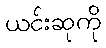
ယင်းဆုကို